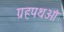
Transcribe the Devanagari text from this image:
ग्रहपथओं